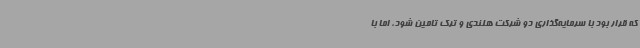
که قرار بود با سرمایه‌گذاری دو شرکت هلندی و ترک تامین شود، اما با